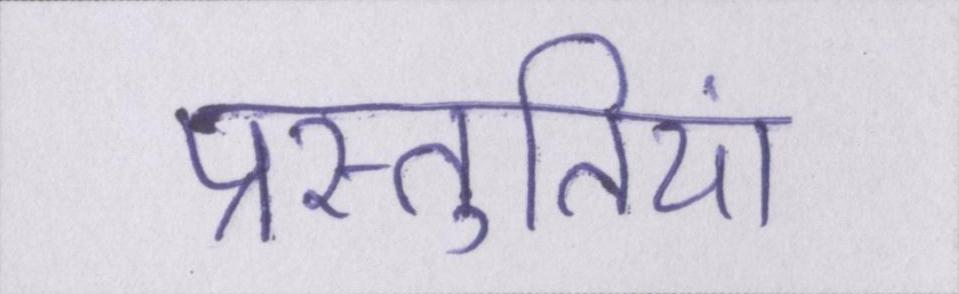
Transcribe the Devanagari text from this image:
प्रस्तुतियां